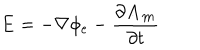
LaTeX: \mathbf { E } = - \nabla \phi _ { e } - \frac { \partial \mathbf { A _ { m } } } { \partial t }